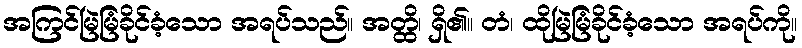
အကြင်မြဲမြံခိုင်ခံ့သော အရပ်သည်။ အတ္ထိ၊ ရှိ၏။ တံ၊ ထိုမြဲမြံခိုင်ခံ့သော အရပ်ကို။